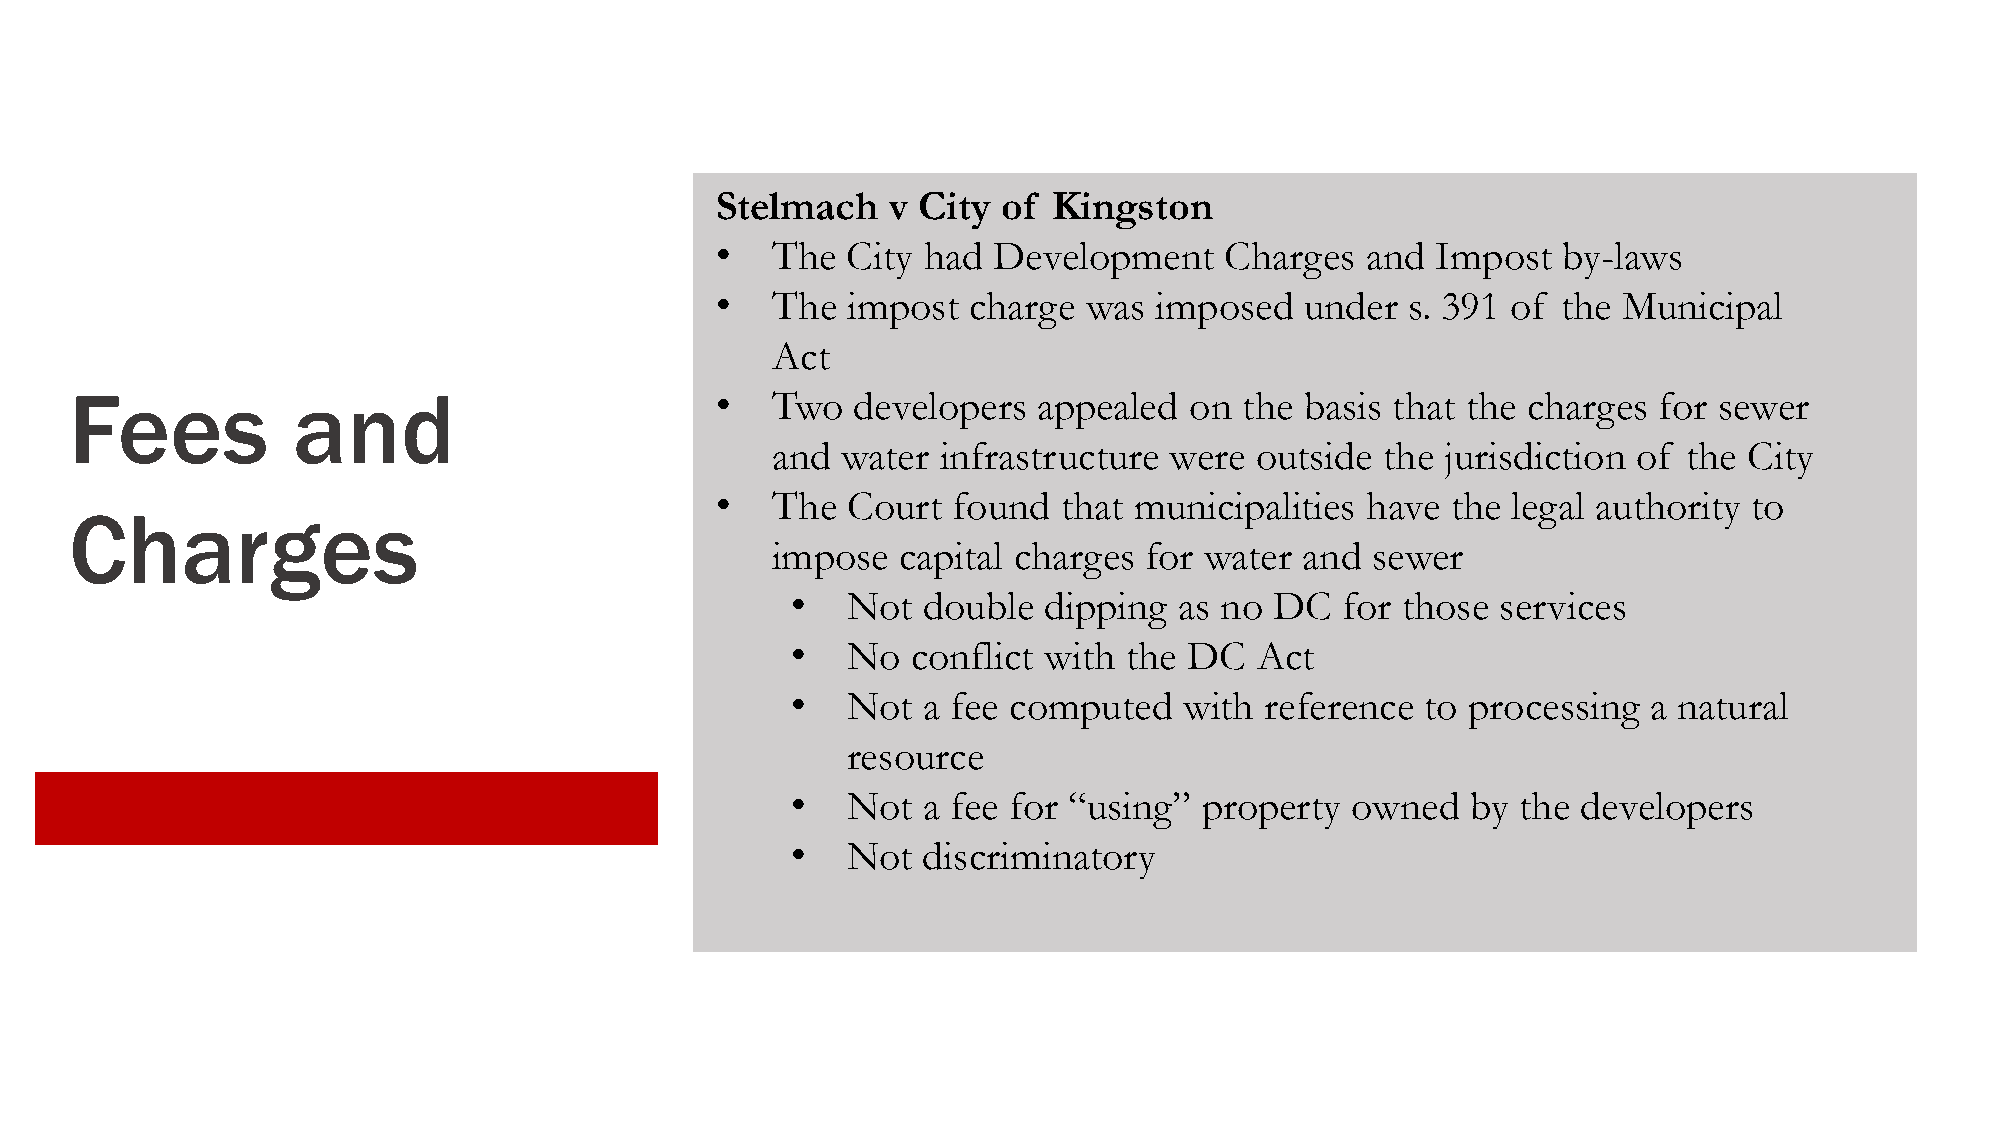
Stelmach    v City of  Kingston
 •   The  City had  Development    Charges  and  Impost  by-laws
 •   The  impost  charge  was imposed   under  s. 391 of the Municipal
 Act
 Fees          and                         •   Two  developers   appealed  on the basis that the charges  for sewer
 and  water infrastructure were  outside  the jurisdiction of the City
 •   The  Court  found  that municipalities have  the legal authority to
 Charges
 impose   capital charges for water and  sewer
 •   Not  double  dipping  as no DC   for those services
 •   No  conflict with  the DC  Act
 •   Not  a fee computed   with  reference to processing  a natural
 resource
 •   Not  a fee for “using”  property owned   by  the developers
 •   Not  discriminatory